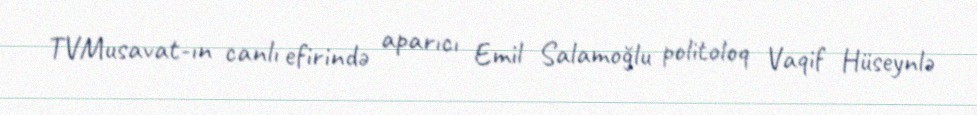
TVMusavat-ın canlı efirində aparıcı Emil Salamoğlu politoloq Vaqif Hüseynlə